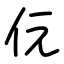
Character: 㐾